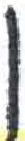
אות: ן